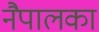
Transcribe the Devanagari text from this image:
नैपालका